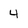
Character: 4